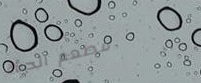
مطعم الحياة